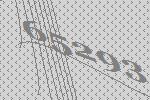
65293